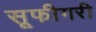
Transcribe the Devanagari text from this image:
सूफीगरी